Annual report on the health of the army in India
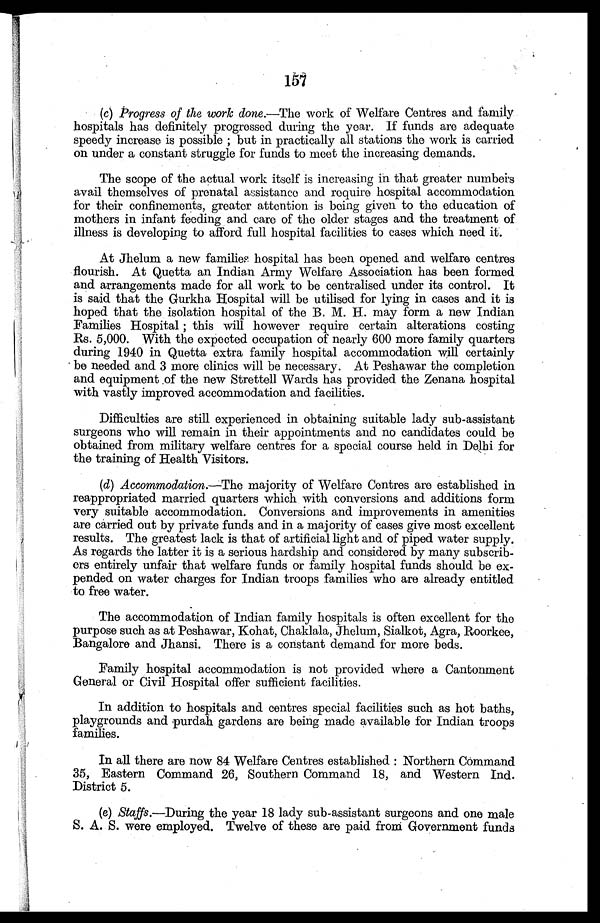
157
(c) Progress of the work done.—The work of Welfare Centres and family
hospitals has definitely progressed during the year. If funds are adequate
speedy increase is possible; but in practically all stations the work is carried
on under a constant struggle for funds to meet the increasing demands.
The scope of the actual work itself is increasing in that greater numbers
avail themselves of prenatal assistance and require hospital accommodation
for their confinements, greater attention is being given to the education of
mothers in infant feeding and care of the older stages and the treatment of
illness is developing to afford full hospital facilities to cases which need it.
At Jhelum a new families hospital has been opened and welfare centres
flourish. At Quetta an Indian Army Welfare Association has been formed
and arrangements made for all work to be centralised under its control. It
is said that the Gurkha Hospital will be utilised for lying in cases and it is
hoped that the isolation hospital of the B. M. H. may form a new Indian
Families Hospital; this will however require certain alterations costing
Rs. 5,000. With the expected occupation of nearly 600 more family quarters
during 1940 in Quetta extra family hospital accommodation will certainly
be needed and 3 more clinics will be necessary. At Peshawar the completion
and equipment .of the new Strettell Wards has provided the Zenana hospital
with vastly improved accommodation and facilities.
Difficulties are still experienced in obtaining suitable lady sub-assistant
surgeons who will remain in their appointments and no candidates could be
obtained from military welfare centres for a special course held in Delhi for
the training of Health Visitors.
(d) Accommodation.— The majority of Welfare Centres are established in
reappropriated married quarters which with conversions and additions form
very suitable accommodation. Conversions and improvements in amenities
are carried out by private funds and in a majority of cases give most excellent
results. The greatest lack is that of artificial light and of piped water supply.
As regards the latter it is a serious hardship and considered by many subscrib
-ers entirely unfair that welfare funds or family hospital funds should be ex
- p e n d e d o n w a t e r c h a r g e s f o r I n d i a n t r o o p s f a m i l i e s w h o a r e a l r e a d y e n t i t l e d
to free water.
The accommodation of Indian family hospitals is often excellent for the
purpose such as at Peshawar, Kohat, Chaklala, Jhelum, Sialkot, Agra, Roorkee,
Bangalore and Jhansi. There is a constant demand for more beds.
Family hospital accommodation is not provided where a Cantonment
General or Civil Hospital offer sufficient facilities.
In addition to hospitals and centres special facilities such as hot baths,
playgrounds and purdah gardens are being made available for Indian troops
families.
In all there are now 84 Welfare Centres established: Northern Command
35, Eastern Command 26, Southern Command 18, and Western Ind.
District 5.
(e) Staffs .—During the year 18 lady sub-assistant surgeons and one male
S. A. S. were employed. Twelve of these are paid from Government funds